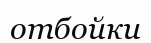
отбойки